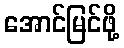
အောင်မြင်ဖို့